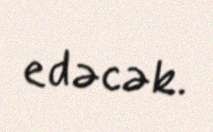
edəcək.